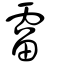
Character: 霤